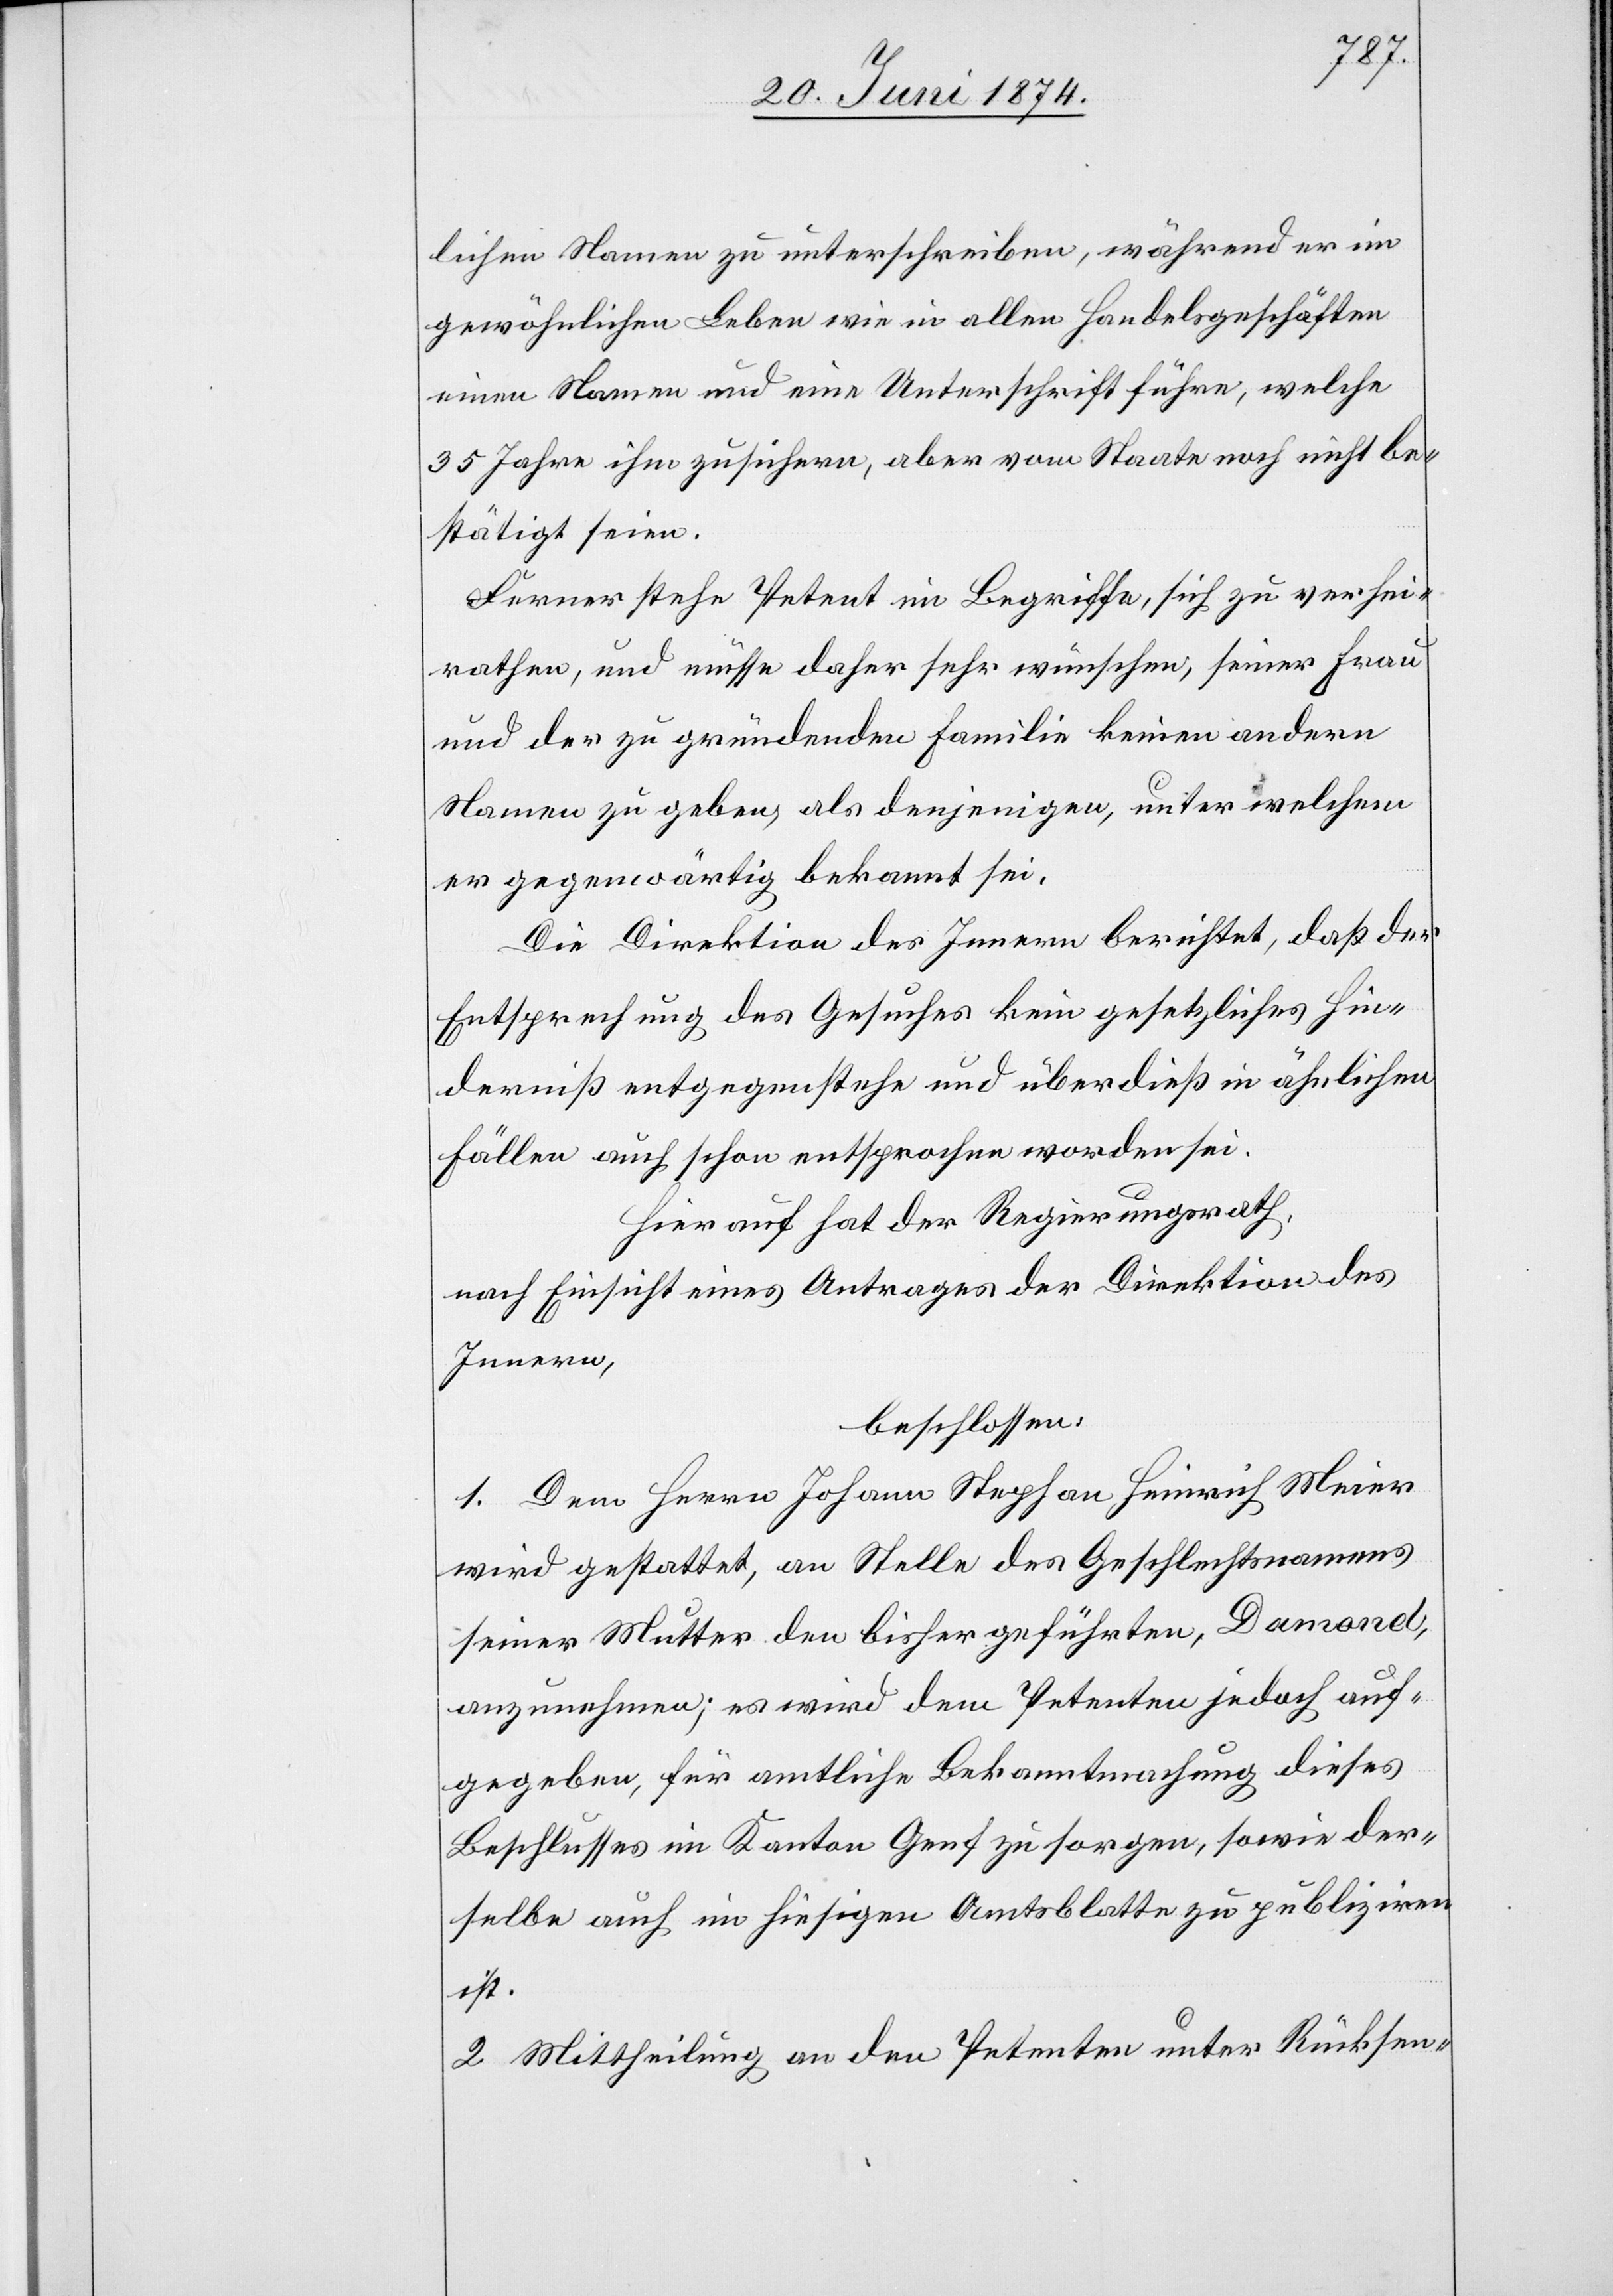
lichen Namen zu unterschreiben, während er im
gewöhnlichen Leben wie in allen Handelsgeschäften
einen Namen und eine Unterschrift führe, welche
35 Jahre ihm zusichern, aber vom Staate noch nicht be¬
stätigt seien.
Ferner stehe Petent im Begriffe, sich zu verhei¬
rathen, und müsse daher sehr wünschen, seiner Frau
und der zu gründenden Familie keinen andern
Namen zu geben, als denjenigen, unter welchem
er gegenwärtig bekannt sei.
Die Direktion des Innern berichtet, daß der
Entsprechung des Gesuches kein gesetzliches Hin¬
derniß entgegenstehe und überdieß in ähnlichen
Fällen auch schon entsprochen worden sei.
Hierauf hat der Regierungsrath,
nach Einsicht eines Antrages der Direktion des
Innern,
beschlossen:
1. Dem Herrn Johann Stephan Heinrich Meier
wird gestattet, an Stelle des Geschlechtsnamens
seiner Mutter den bisher geführten, Damond,
anzunehmen; es wird dem Petenten jedoch auf¬
gegeben, für amtliche Bekanntmachung dieses
Beschlusses im Kanton Genf zu sorgen, sowie der¬
selbe auch im hiesigen Amtsblatte zu publiziren
ist.
2. Mittheilung an den Petenten unter Rücksen-